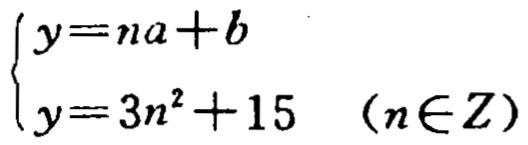
$\begin{cases}y = na + b\\y = 3n^{2}+15\quad(n\in Z)\end{cases}$